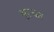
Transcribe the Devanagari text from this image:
बुल्व्ज़